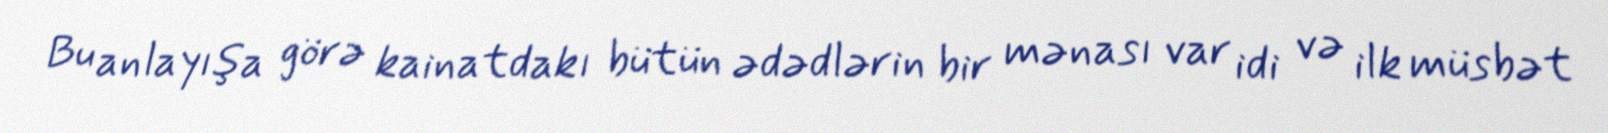
Bu anlayışa görə kainatdakı bütün ədədlərin bir mənası var idi və ilk müsbət